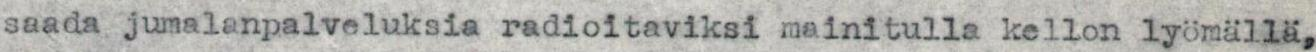
saada jumalanpalveluksia radioitaviksi mainitulla kellon lyömällä,